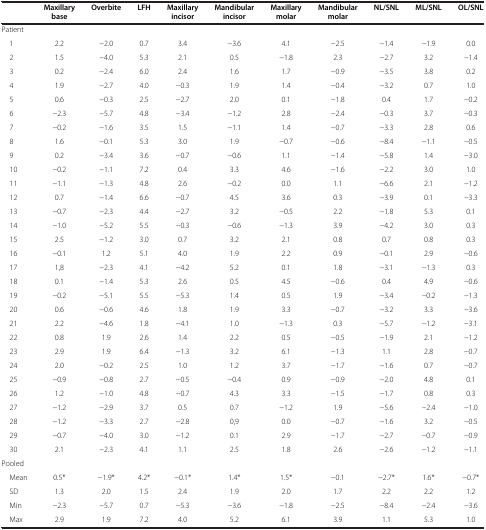
<table><thead><tr><td><b> </b></td><td><b>Maxillary base</b></td><td><b>Overbite</b></td><td><b>LFH</b></td><td><b>Maxillary incisor</b></td><td><b>Mandibular incisor</b></td><td><b>Maxillary molar</b></td><td><b>Mandibular molar</b></td><td><b>NL/SNL</b></td><td><b>ML/SNL</b></td><td><b>OL/SNL</b></td></tr></thead><tbody><tr><td>Patient</td><td> </td><td> </td><td> </td><td> </td><td> </td><td> </td><td> </td><td> </td><td> </td><td> </td></tr><tr><td> 1</td><td>2.2</td><td>−2.0</td><td>0.7</td><td>3.4</td><td>−3.6</td><td>4.1</td><td>−2.5</td><td>−1.4</td><td>−1.9</td><td>0.0</td></tr><tr><td> 2</td><td>1.5</td><td>−4.0</td><td>5.3</td><td>2.1</td><td>0.5</td><td>−1.8</td><td>2.3</td><td>−2.7</td><td>3.2</td><td>−1.4</td></tr><tr><td> 3</td><td>0.2</td><td>−2.4</td><td>6.0</td><td>2.4</td><td>1.6</td><td>1.7</td><td>−0.9</td><td>−3.5</td><td>3.8</td><td>0.2</td></tr><tr><td> 4</td><td>1.9</td><td>−2.7</td><td>4.0</td><td>−0.3</td><td>1.9</td><td>1.4</td><td>−0.4</td><td>−3.2</td><td>0.7</td><td>1.0</td></tr><tr><td> 5</td><td>0.6</td><td>−0.3</td><td>2.5</td><td>−2.7</td><td>2.0</td><td>0.1</td><td>−1.8</td><td>0.4</td><td>1.7</td><td>−0.2</td></tr><tr><td> 6</td><td>−2.3</td><td>−5.7</td><td>4.8</td><td>−3.4</td><td>−1.2</td><td>2.8</td><td>−2.4</td><td>−0.3</td><td>3.7</td><td>−0.3</td></tr><tr><td> 7</td><td>−0.2</td><td>−1.6</td><td>3.5</td><td>1.5</td><td>−1.1</td><td>1.4</td><td>−0.7</td><td>−3.3</td><td>2.8</td><td>0.6</td></tr><tr><td> 8</td><td>1.6</td><td>−0.1</td><td>5.3</td><td>3.0</td><td>1.9</td><td>−0.7</td><td>−0.6</td><td>−8.4</td><td>−1.1</td><td>−0.5</td></tr><tr><td> 9</td><td>0.2</td><td>−3.4</td><td>3.6</td><td>−0.7</td><td>−0.6</td><td>1.1</td><td>−1.4</td><td>−5.8</td><td>1.4</td><td>−3.0</td></tr><tr><td> 10</td><td>−0.2</td><td>−1.1</td><td>7.2</td><td>0.4</td><td>3.3</td><td>4.6</td><td>−1.6</td><td>−2.2</td><td>3.0</td><td>1.0</td></tr><tr><td> 11</td><td>−1.1</td><td>−1.3</td><td>4.8</td><td>2.6</td><td>−0.2</td><td>0.0</td><td>1.1</td><td>−6.6</td><td>2.1</td><td>−1.2</td></tr><tr><td> 12</td><td>0.7</td><td>−1.4</td><td>6.6</td><td>−0.7</td><td>4.5</td><td>3.6</td><td>0.3</td><td>−3.9</td><td>0.1</td><td>−3.3</td></tr><tr><td> 13</td><td>−0.7</td><td>−2.3</td><td>4.4</td><td>−2.7</td><td>3.2</td><td>−0.5</td><td>2.2</td><td>−1.8</td><td>5.3</td><td>0.1</td></tr><tr><td> 14</td><td>−1.0</td><td>−5.2</td><td>5.5</td><td>−0.3</td><td>−0.6</td><td>−1.3</td><td>3.9</td><td>−4.2</td><td>3.0</td><td>0.3</td></tr><tr><td> 15</td><td>2.5</td><td>−1.2</td><td>3.0</td><td>0.7</td><td>3.2</td><td>2.1</td><td>0.8</td><td>0.7</td><td>0.8</td><td>0.3</td></tr><tr><td> 16</td><td>−0.1</td><td>1.2</td><td>5.1</td><td>4.0</td><td>1.9</td><td>2.2</td><td>0.9</td><td>−0.1</td><td>2.9</td><td>−0.6</td></tr><tr><td> 17</td><td>1,8</td><td>−2.3</td><td>4.1</td><td>−4.2</td><td>5.2</td><td>0.1</td><td>1.8</td><td>−3.1</td><td>−1.3</td><td>0.3</td></tr><tr><td> 18</td><td>0.1</td><td>−1.4</td><td>5.3</td><td>2.6</td><td>0.5</td><td>4.5</td><td>−0.6</td><td>0.4</td><td>4.9</td><td>−0.6</td></tr><tr><td> 19</td><td>−0.2</td><td>−5.1</td><td>5.5</td><td>−5.3</td><td>1.4</td><td>0.5</td><td>1.9</td><td>−3.4</td><td>−0.2</td><td>−1.3</td></tr><tr><td> 20</td><td>0.6</td><td>−0.6</td><td>4.6</td><td>1.8</td><td>1.9</td><td>3.3</td><td>−0.7</td><td>−3.2</td><td>3.3</td><td>−3.6</td></tr><tr><td> 21</td><td>2.2</td><td>−4.6</td><td>1.8</td><td>−4.1</td><td>1.0</td><td>−1.3</td><td>0.3</td><td>−5.7</td><td>−1.2</td><td>−3.1</td></tr><tr><td> 22</td><td>0.8</td><td>1.9</td><td>2.6</td><td>1.4</td><td>2.2</td><td>0.5</td><td>−0.5</td><td>−1.9</td><td>2.1</td><td>−1.2</td></tr><tr><td> 23</td><td>2.9</td><td>1.9</td><td>6.4</td><td>−1.3</td><td>3.2</td><td>6.1</td><td>−1.3</td><td>1.1</td><td>2.8</td><td>−0.7</td></tr><tr><td> 24</td><td>2.0</td><td>−0.2</td><td>2.5</td><td>1.0</td><td>1.2</td><td>3.7</td><td>−1.7</td><td>−1.6</td><td>0.7</td><td>−0.7</td></tr><tr><td> 25</td><td>−0.9</td><td>−0.8</td><td>2.7</td><td>−0.5</td><td>−0.4</td><td>0.9</td><td>−0.9</td><td>−2.0</td><td>4.8</td><td>0.1</td></tr><tr><td> 26</td><td>1.2</td><td>−1.0</td><td>4.8</td><td>−0.7</td><td>4.3</td><td>3.3</td><td>−1.5</td><td>−1.7</td><td>0.8</td><td>0.3</td></tr><tr><td> 27</td><td>−1.2</td><td>−2.9</td><td>3.7</td><td>0.5</td><td>0.7</td><td>−1.2</td><td>1.9</td><td>−5.6</td><td>−2.4</td><td>−1.0</td></tr><tr><td> 28</td><td>−1.2</td><td>−3.3</td><td>2.7</td><td>−2.8</td><td>0,9</td><td>0.0</td><td>−0.7</td><td>−1.6</td><td>3.2</td><td>−0.5</td></tr><tr><td> 29</td><td>−0.7</td><td>−4.0</td><td>3.0</td><td>−1.2</td><td>0.1</td><td>2.9</td><td>−1.7</td><td>−2.7</td><td>−0.7</td><td>−0.9</td></tr><tr><td> 30</td><td>2.1</td><td>−2.3</td><td>4.1</td><td>1.1</td><td>2.5</td><td>1.8</td><td>2.6</td><td>−2.6</td><td>−1.2</td><td>−1.1</td></tr><tr><td>Pooled</td><td> </td><td> </td><td> </td><td> </td><td> </td><td> </td><td> </td><td> </td><td> </td><td> </td></tr><tr><td> Mean</td><td>0.5*</td><td>−1.9*</td><td>4.2*</td><td>−0.1*</td><td>1.4*</td><td>1.5*</td><td>−0.1</td><td>−2.7*</td><td>1.6*</td><td>−0.7*</td></tr><tr><td> SD</td><td>1.3</td><td>2.0</td><td>1.5</td><td>2.4</td><td>1.9</td><td>2.0</td><td>1.7</td><td>2.2</td><td>2.2</td><td>1.2</td></tr><tr><td> Min</td><td>−2.3</td><td>−5.7</td><td>0.7</td><td>−5.3</td><td>−3.6</td><td>−1.8</td><td>−2.5</td><td>−8.4</td><td>−2.4</td><td>−3.6</td></tr><tr><td> Max</td><td>2.9</td><td>1.9</td><td>7.2</td><td>4.0</td><td>5.2</td><td>6.1</td><td>3.9</td><td>1.1</td><td>5.3</td><td>1.0</td></tr></tbody></table>